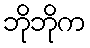
ဘိုဘိုက